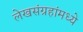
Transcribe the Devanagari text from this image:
लेखसंग्रहांमध्ये